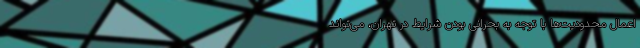
اعمال محدودیت‌ها با توجه به بحرانی بودن شرایط در تهران، می‌تواند